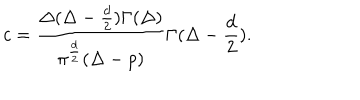
c = { \frac { \Delta ( \Delta - { \frac { d } { 2 } } ) \Gamma ( \Delta ) } { \pi ^ { \frac { d } { 2 } } ( \Delta - p ) } } \Gamma ( \Delta - { \frac { d } { 2 } } ) .